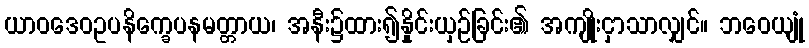
ယာဝဒေဝဥပနိက္ခေပနမတ္တာယ၊ အနီး၌ထား၍နှိုင်းယှဉ်ခြင်း၏ အကျိုးငှာသာလျှင်။ ဘဝေယျုံ